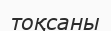
тоқсаны